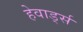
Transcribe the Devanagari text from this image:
हेवार्ड्स